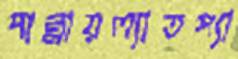
পান্নায়ল্যাতপ্যা